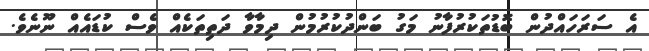
އެ ސަރަހައްދުން ބޮޑުތަކުރުފާނު މަގު ބަންދުކުރުމުން ދިމާވާ ދަތިތަކެއް ވެސް ކުޑައެއް ނޫނެވެ.